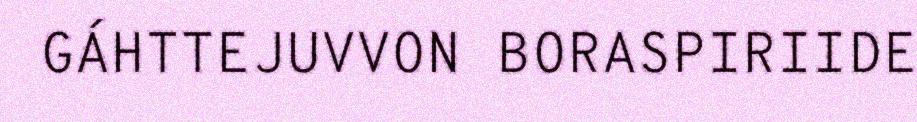
GÁHTTEJUVVON BORASPIRIIDE